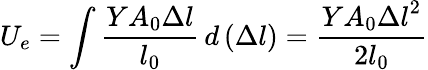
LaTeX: U_{e}=\int{\frac{YA_{0}\Delta l}{l_{0}}}\, d\left(\Delta l\right)={\frac{YA_{0}{\Delta l}^{2}}{2l_{0}}}